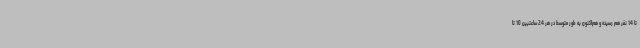
تا 14 نفر هم رسیده و هم‌اکنون به طور متوسط در هر 24 ساعتبین 10 تا